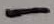
Text: -